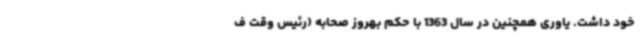
خود داشت. یاوری همچنین در سال 1363 با حکم بهروز صحابه (رئیس وقت ف